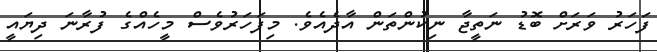
ފަހަރު ވަރަށް ބޮޑު ނަތީޖާ ނިކުންތަން އާދެއެވެ. މިފަހަރުވެސް މީހެއްގެ ފުރާނަ ދިޔައީ